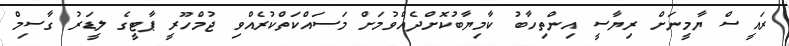
ރައީސް ޔާމީނަށް ރިޔާސީ އިންތިހާބު ކާމިޔާބުކޮށްދެއްވުމަށް މަސައްކަތްކުރެއްވި ޖުމްހޫރީ ޕާޓީގެ ލީޑަރު ގާސިމް